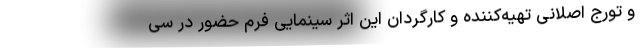
و تورج اصلانی تهیه‌کننده و کارگردان این اثر سینمایی فرم حضور در سی